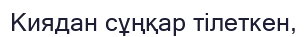
Киядан сұңқар тілеткен,